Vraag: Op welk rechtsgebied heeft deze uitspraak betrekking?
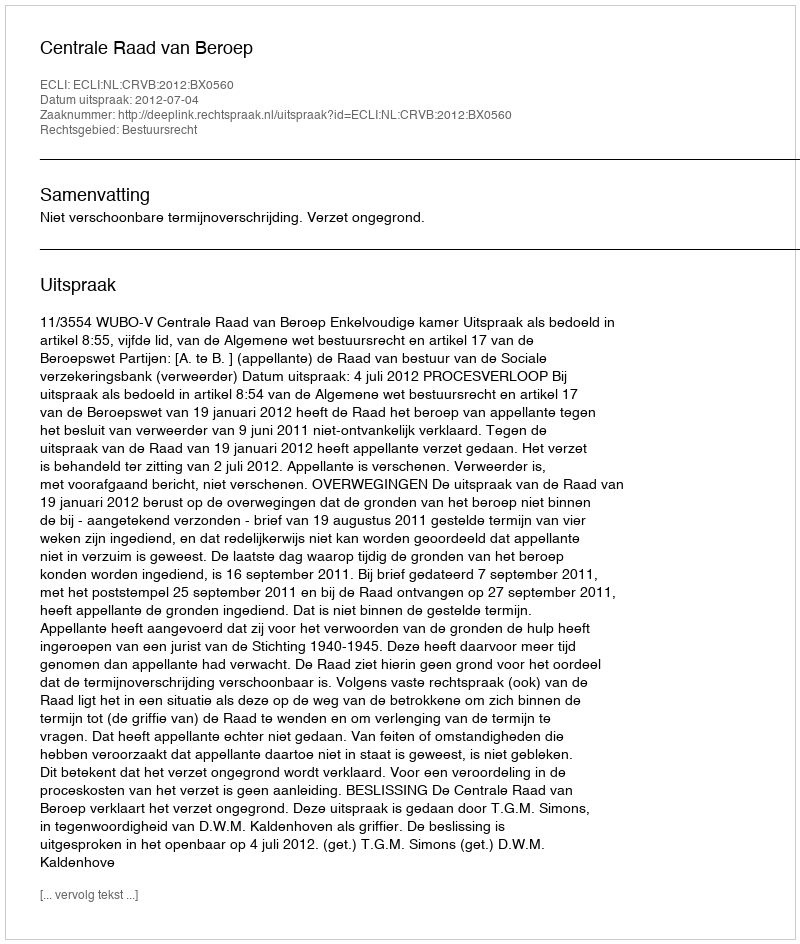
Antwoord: Bestuursrecht